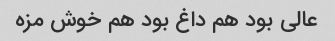
عالی بود هم داغ بود هم خوش مزه